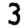
Digit: 3